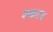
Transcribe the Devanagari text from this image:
वय्कतव